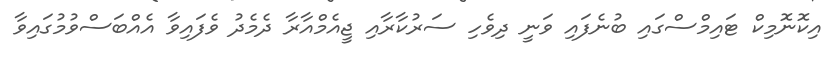
އިކޮނޮމިކް ޓައިމްސްގައި ބުނެފައި ވަނީ ދިވެހި ސަރުކާރާއި ޖީއެމްއާރާ ދެމެދު ވެފައިވާ އެއްބަސްވުމުގައިވާ